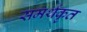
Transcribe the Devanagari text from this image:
समर्थकृत